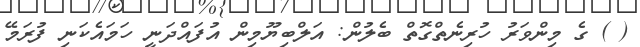
( ) ގެ މިންވަރު ހުރިނެތްގޮތް ބެލުން: އަލްބިޔޫމިން އުފައްދަނީ ހަމައެކަނި ފުރަމޭ